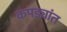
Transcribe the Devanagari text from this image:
कपड्यांत